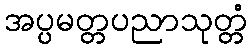
အပ္ပမတ္တပညာသုတ္တံ